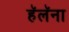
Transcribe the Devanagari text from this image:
हॅलॅना